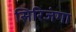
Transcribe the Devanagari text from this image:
सिरिजंगा